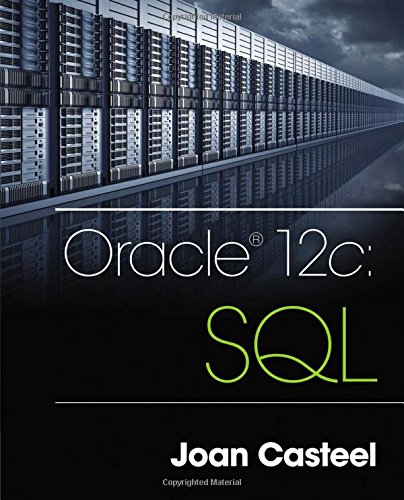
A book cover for Oracle 12c: SQL; Joan Casteel; Computers & Technology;